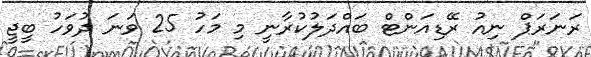
ރަނަރަޕް ނިއު ރޭޑިއަންޓް ބައްދަލުކުރާނީ މި މަހު 25 ވަނަ ދުވަހު ބީޖީ